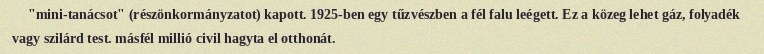
"mini-tanácsot" (részönkormányzatot) kapott. 1925-ben egy tűzvészben a fél falu leégett. Ez a közeg lehet gáz, folyadék vagy szilárd test. másfél millió civil hagyta el otthonát.